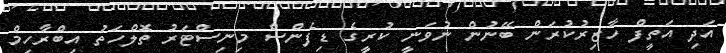
އަދި އަތީފް ހާޒިރުކުރަން ބޭނުން ނުވަނީ ކުރީގެ ޑިފެންސް މިނިސްޓަރު ތޮލްހަތު އިބްރާހިމް